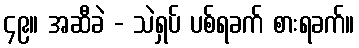
၄၉။ အဆီခဲ - သဲရှပ် ပစ်ရခက် စားရခက်။